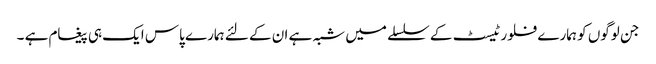
جن لوگوں کو ہمارے فلور ٹیسٹ کے سلسلے میں شبہ ہے ان کے لئے ہمارے پاس ایک ہی پیغام ہے ۔